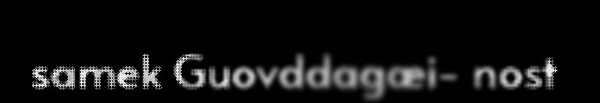
samek Guovddagæi- nost